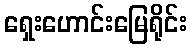
ရှေးဟောင်းမြေရိုင်း